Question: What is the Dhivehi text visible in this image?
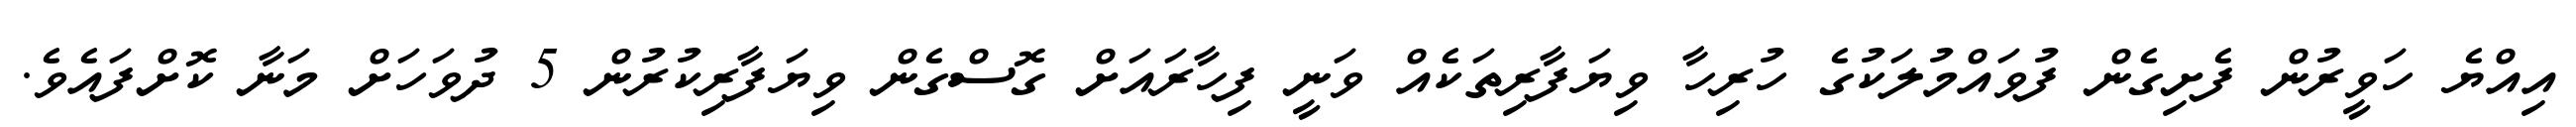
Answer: އިއްޔެ ހަވީރުން ފެށިގެން ފުވައްމުލަކުގެ ހުރިހާ ވިޔަފާރިތަކެއް ވަނީ ފިހާރައަށް ގޮސްގެން ވިޔަފާރިކުރުން 5 ދުވަހަށް މަނާ ކޮށްފައެވެ.